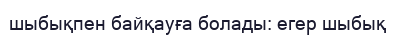
шыбықпен байқауға болады: егер шыбық